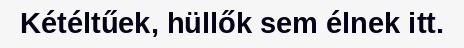
Kétéltűek, hüllők sem élnek itt.